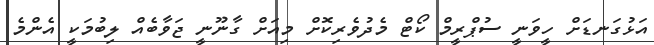
އަޅުގަނޑަށް ހީވަނީ ސުޕްރީމް ކޯޓް މެދުވެރިކޮށް މިއަށް ގާނޫނީ ޖަވާބެއް ލިބުމަކީ އެންމެ